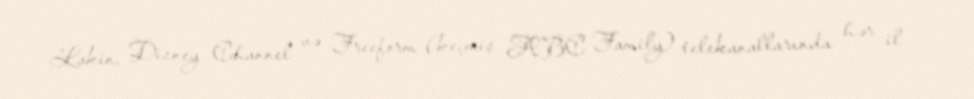
Lakin, Disney Channel və Freeform (keçmiş ABC Family) telekanallarında hər il